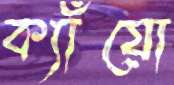
ক্যাঁয়ো